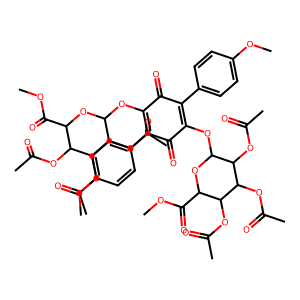
SMILES: COC(=O)C1OC(OC2=C(c3ccc(OC)cc3)C(=O)C(OC3OC(C(=O)OC)C(OC(C)=O)C(OC(C)=O)C3OC(C)=O)=C(c3ccc(OC)cc3)C2=O)C(OC(C)=O)C(OC(C)=O)C1OC(C)=O
Inhibits HIV replication: No